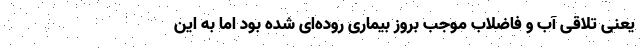
یعنی تلاقی آب و فاضلاب موجب بروز بیماری روده‌ای شده بود اما به این